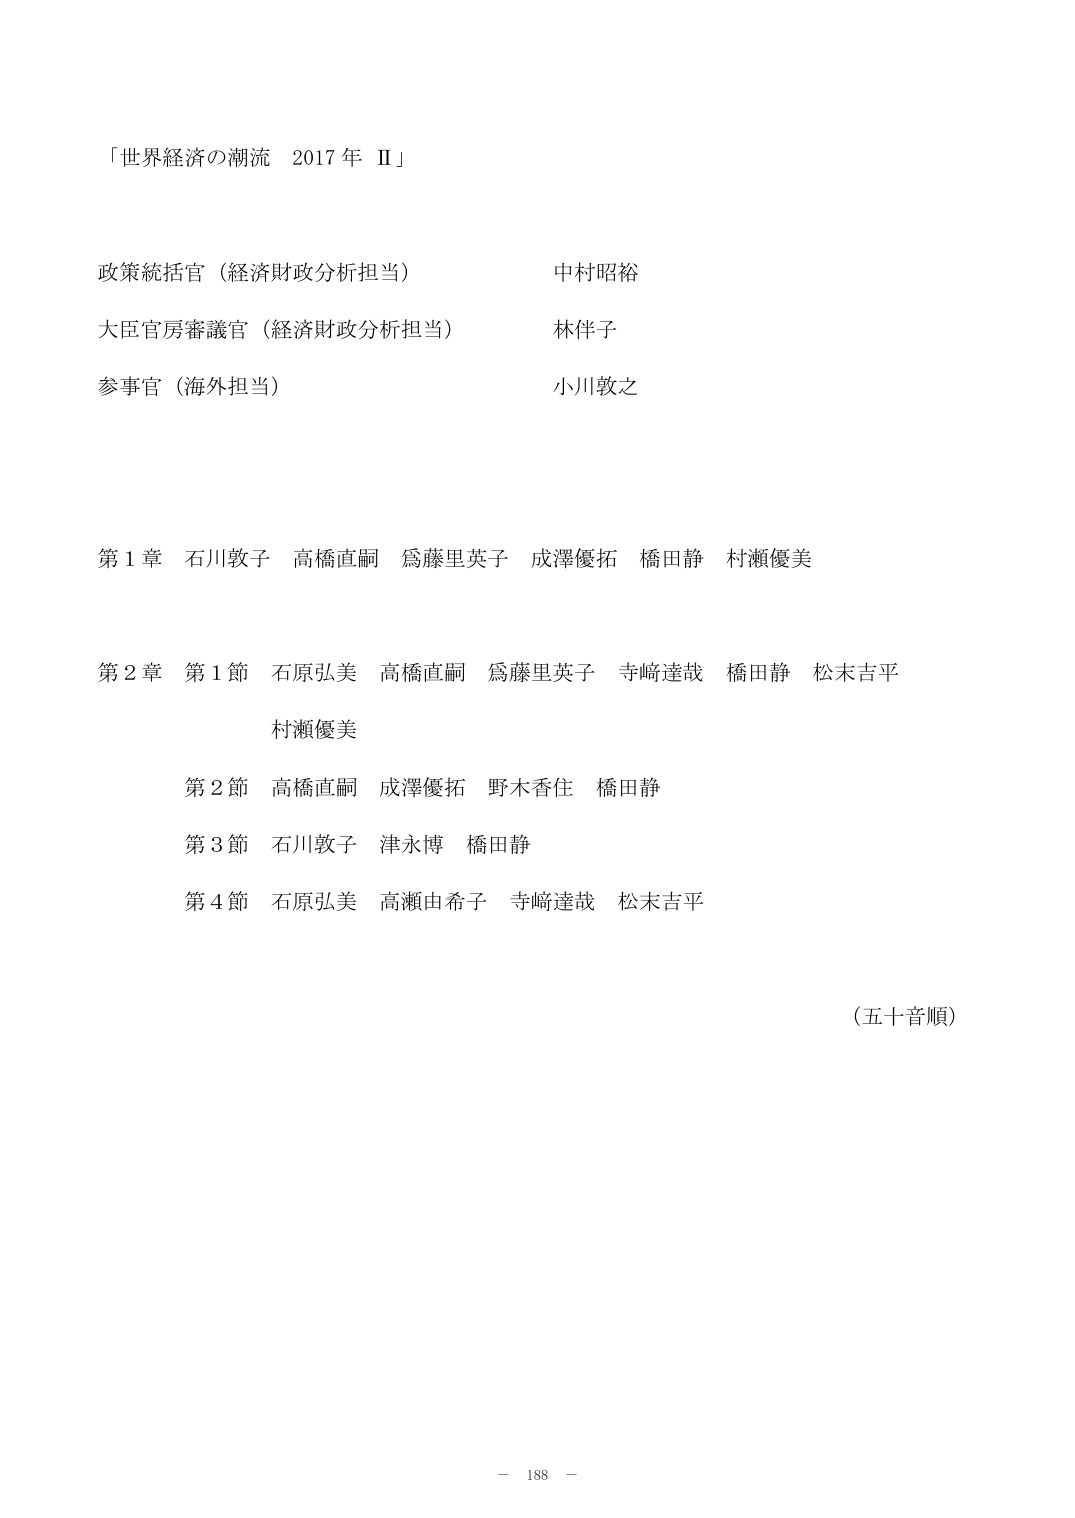
「世界経済の潮流 2017 年 II」

政策統括官（経済財政分析担当）　　　　　中村昭裕
大臣官房審議官（経済財政分析担当）　　　林伴子
参事官（海外担当）　　　　　　　　　　　小川敦之

第1章　石川敦子　高橋直嗣　爲藤里英子　成澤優拓　橋田静　村瀬優美

第2章　第1節　石原弘美　高橋直嗣　爲藤里英子　寺崎達哉　橋田静　松末吉平
　　　　　　　　村瀬優美
　　　第2節　高橋直嗣　成澤優拓　野木香住　橋田静
　　　第3節　石川敦子　津永博　橋田静
　　　第4節　石原弘美　高瀬由希子　寺崎達哉　松末吉平

（五十音順）

－ 188 －